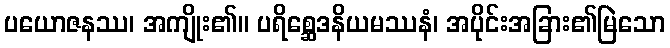
ပယောဇနဿ၊ အကျိုး၏။ ပရိစ္ဆေဒနိယမဿနံ၊ အပိုင်းအခြား၏မြဲသော